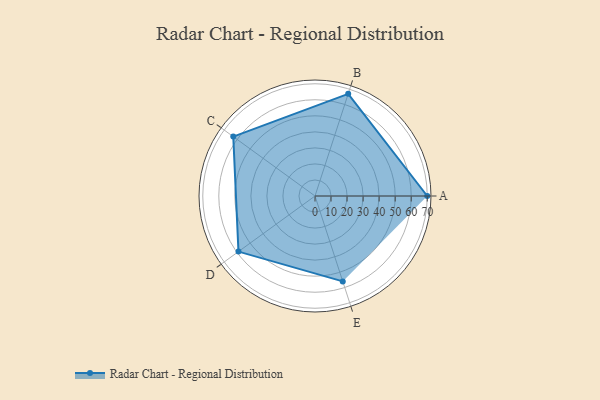
{"axis": {"x": "Skill", "y": "Score"}, "legend": ["Profile"], "data": [{"x": "A", "y": 70.0, "type": "Profile"}, {"x": "B", "y": 67.0, "type": "Profile"}, {"x": "C", "y": 63.0, "type": "Profile"}, {"x": "D", "y": 59.0, "type": "Profile"}, {"x": "E", "y": 56.0, "type": "Profile"}]}